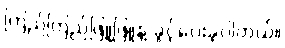
ကြည်ကြည်ဖြူဖြူနဲ့ ခွင့်ပေးခဲ့ပါတယ်။